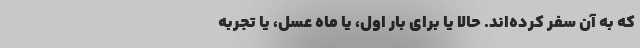
که به آن سفر کرده‌اند. حالا یا برای بار اول، یا ماه عسل، یا تجربه